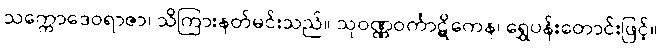
သက္ကောဒေဝရာဇာ၊ သိကြားနတ်မင်းသည်။ သုဝဏ္ဏဝင်္ကာဋိကေန၊ ရွှေပန်းတောင်းဖြင့်။